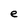
Character: e